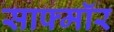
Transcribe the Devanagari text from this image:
साफ्मॉर